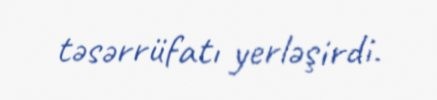
təsərrüfatı yerləşirdi.